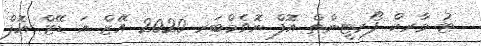
ޓު މާރކް ފޯރޓީންތް އޮފް ނޮވެމްބަރ 2020 އޭޒް އަ ޑޭޓް އޮފް